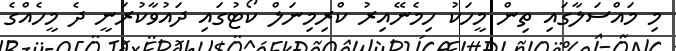
މި މައްސަލާގައި ތިން މީހަކު ހިމެނޭއިރު ކްރިމިނަލް ކޯޓުގައި ދައުވާކުރަނީ ދެ މީހެއްގެ